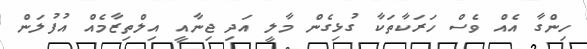
ހިންގާ އެއް ވެސް ހަރަކާތަކާ ގުޅިގެން މާލީ އަދި ޖިނާއީ އިލްތިޒާމެއް އުފުލަން